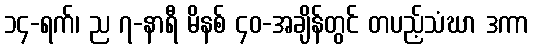
၁၄-ရက်၊ ည ၇-နာရီ မိနစ် ၄၀-အချိန်တွင် တပည့်သံဃာ ဒကာ